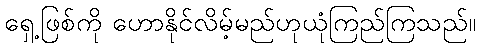
ရှေ့ဖြစ်ကို ဟောနိုင်လိမ့်မည်ဟုယုံကြည်ကြသည်။